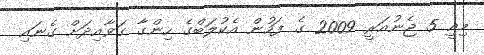
މިއީ 5 ޖެނުއަރީ 2009 ގެ ފަހުން އެކުލަބްގެ ހިންގާ ގަވާއިދަށް ގެނައި